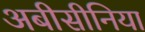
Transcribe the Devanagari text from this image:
अबीसीनिया